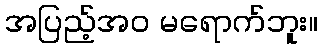
အပြည့်အဝ မရောက်ဘူး။